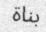
بناة